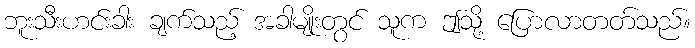
ဘူးသီးဟင်းခါး ချက်သည့် အခါမျိုးတွင် သူက ဤသို့ ပြောလာတတ်သည်။